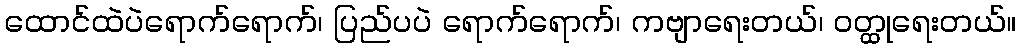
ထောင်ထဲပဲရောက်ရောက်၊ ပြည်ပပဲ ရောက်ရောက်၊ ကဗျာရေးတယ်၊ ဝတ္ထုရေးတယ်။